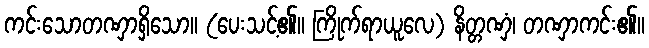
ကင်းသောတဏှာရှိသော။ (ပေးသင့်၏။ ကြိုက်ရာယူလေ) နိတ္တဏှံ၊ တဏှာကင်း၏။